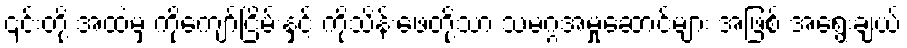
၎င်းတို့ အထဲမှ ကိုကျော်ငြိမ်းနှင့် ကိုသိန်းဖေတို့သာ သမဂ္ဂအမှုဆောင်များ အဖြစ် အရွေးချယ်